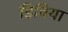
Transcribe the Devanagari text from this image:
डिविया